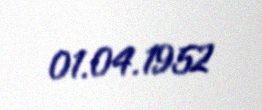
01.04.1952